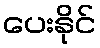
ပေးနိုင်